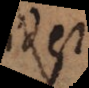
id est